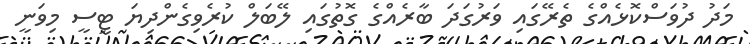
މަދު ދުވަސްކޮޅެއްގެ ތެރޭގައި ވަރުގަދަ ބާރެއްގެ ގޮތުގައި ލޭބަލް ކުރެވިގެންދިޔަ ޓީސީ މިވަނީ